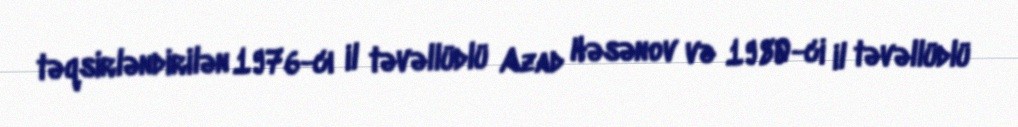
təqsirləndirilən 1976-cı il təvəllüdlü Azad Həsənov və 1980-ci il təvəllüdlü